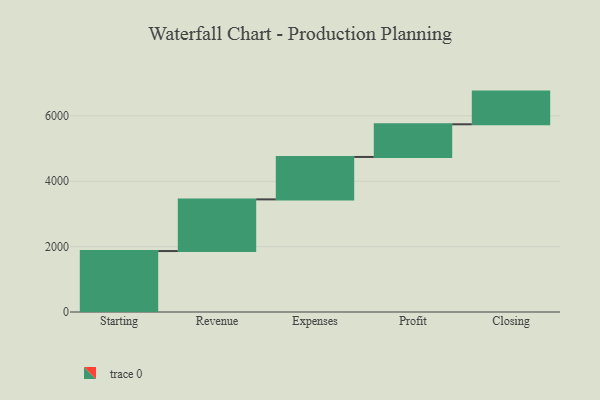
{"axis": {"x": "Step", "y": "Value"}, "legend": [""], "data": [{"x": "Starting", "y": 1865.0, "type": ""}, {"x": "Revenue", "y": 1581.0, "type": ""}, {"x": "Expenses", "y": 1298.0, "type": ""}, {"x": "Profit", "y": 1000, "type": ""}, {"x": "Closing", "y": 1000, "type": ""}]}